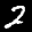
Label: 2